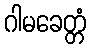
ဂါမခေတ္တံ